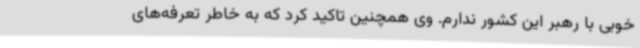
خوبی با رهبر این کشور ندارم. وی همچنین تاکید کرد که به خاطر تعرفه‌های